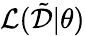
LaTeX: \mathcal{L}(\tilde{\mathcal{D}}|\theta)